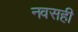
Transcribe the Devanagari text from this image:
नवसही